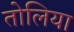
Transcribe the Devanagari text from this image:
तोलिया